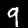
Digit: 9